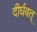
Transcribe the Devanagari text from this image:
दीर्घवत्